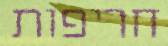
חריפות